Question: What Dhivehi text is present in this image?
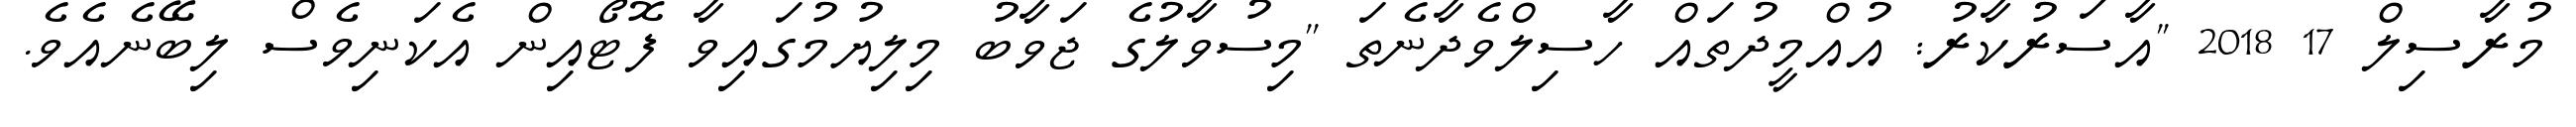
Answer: މުރާސިލް 17 2018 ''އާސަރުކާރު: އުއްމީދުތައް ހާސިލްވެދާނެތަ ''މިސުވާލުގެ ޖަވާބު މިލިޔުމުގައިވާ ފޮޓޯއިން އެކަނިވެސް ލިބޭނެއެވެ.